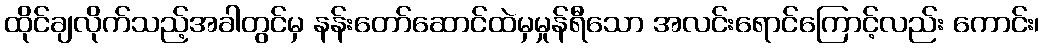
ထိုင်ချလိုက်သည့်အခါတွင်မှ နန်းတော်ဆောင်ထဲမှမှုန်ရီသော အလင်းရောင်ကြောင့်လည်း ကောင်း၊